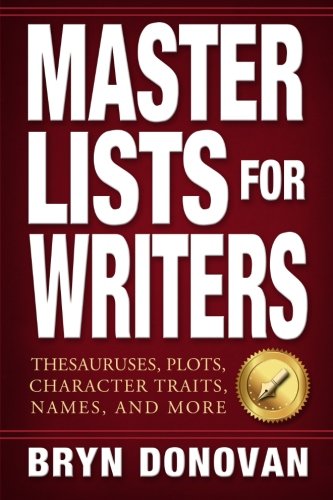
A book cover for Master Lists for Writers: Thesauruses, Plots, Character Traits, Names, and More; Bryn Donovan; Reference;